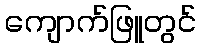
ကျောက်ဖြူတွင်